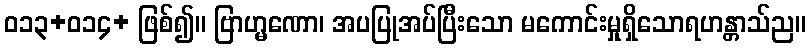
ဝ၁၃+၀၁၄+ ဖြစ်၍။ ဗြာဟ္မဏော၊ အပပြုအပ်ပြီးသော မကောင်းမှုရှိသောရဟန္တာသ်ည။